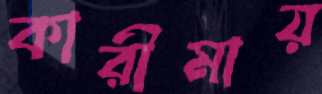
কারীমায়